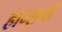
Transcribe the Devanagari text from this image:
हान्सची